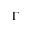
\Gamma